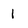
Character: 1